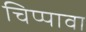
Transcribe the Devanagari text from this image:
चिप्पावा